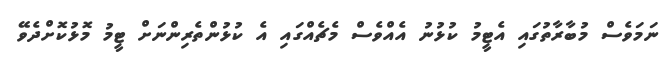
ނަމަވެސް މުބާރާތުގައި އެޓީމު ކުޅުނު އެއްވެސް މެޗެއްގައި އެ ކުޅުންތެރިންނަށް ޓީމު މޮޅުކޮށްދެވޭ